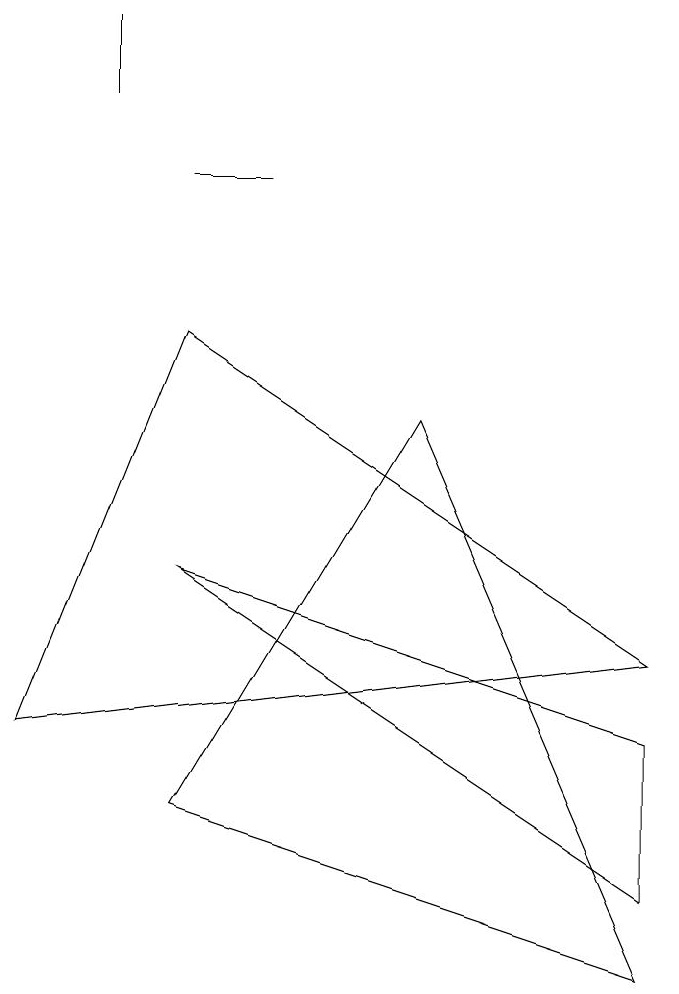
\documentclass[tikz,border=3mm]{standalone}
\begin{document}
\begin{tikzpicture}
\draw (8,1) -- (5,8) -- (2,3) -- cycle;
\draw (2,9) -- (8,5) -- (0,4) -- cycle;
\draw (3,11) rectangle (2,11);
\draw (1,12) rectangle (1,13);
\draw (8,2) -- (8,4) -- (2,6) -- cycle;
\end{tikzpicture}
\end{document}